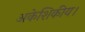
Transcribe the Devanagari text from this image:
अकेशिकीय।